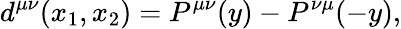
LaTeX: d^{\mu\nu}(x_{1},x_{2})=P^{\mu\nu}(y)-P^{\nu\mu}(-y),